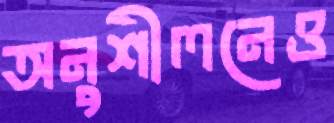
অনুশীলনেও